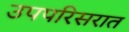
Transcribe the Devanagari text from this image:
उपपरिसरात